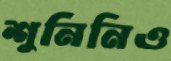
শুনিনিও